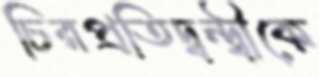
চিরপ্রতিদ্বন্দ্বীকে